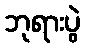
ဘုရားပွဲ